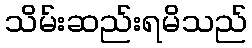
သိမ်းဆည်းရမိသည်